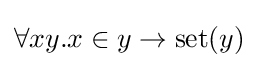
\forall xy.x\in y\to \mathrm {set} (y)